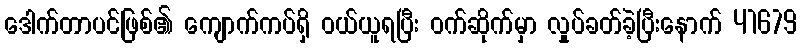
ဒေါက်တာပင်ဖြစ်၏ ကျောက်ကပ်ရှိ ဝယ်ယူရပြီး ဝက်ဆိုက်မှာ လှုပ်ခတ်ခဲ့ပြီးနောက် 41679